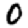
Digit: 0